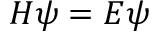
H \psi = E \psi